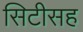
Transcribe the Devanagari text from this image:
सिटीसह